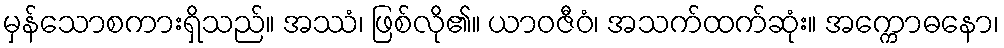
မှန်သောစကားရှိသည်။ အဿံ၊ ဖြစ်လို၏။ ယာဝဇီဝံ၊ အသက်ထက်ဆုံး။ အက္ကောဓနော၊